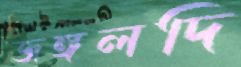
জঙ্গলদি